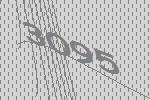
3095